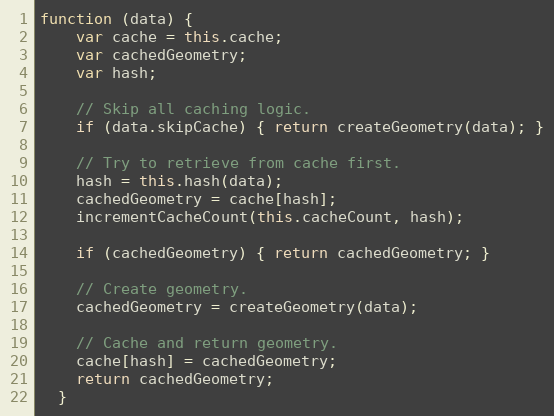
Language: JavaScript
function (data) {
    var cache = this.cache;
    var cachedGeometry;
    var hash;

    // Skip all caching logic.
    if (data.skipCache) { return createGeometry(data); }

    // Try to retrieve from cache first.
    hash = this.hash(data);
    cachedGeometry = cache[hash];
    incrementCacheCount(this.cacheCount, hash);

    if (cachedGeometry) { return cachedGeometry; }

    // Create geometry.
    cachedGeometry = createGeometry(data);

    // Cache and return geometry.
    cache[hash] = cachedGeometry;
    return cachedGeometry;
  }